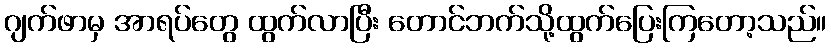
ဂျက်ဖာမှ အာရပ်တွေ ထွက်လာပြီး တောင်ဘက်သို့ထွက်ပြေးကြတော့သည်။